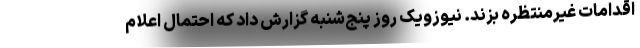
اقدامات غیرمنتظره بزند. نیوزویک روز پنج‌شنبه گزارش داد که احتمال اعلام